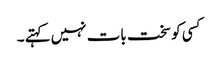
کسی کو سخت بات نہیں کہتے ۔